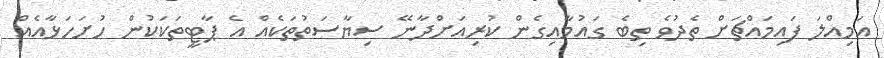
އަމިއްލަ ފައިމައްޗަށް ތެދުވެ ތިބެ ގައުމާއިގެން ކުރިއަށްދާނޭ ސިޔާސަތުތަކެއް އެ ޕާޓީތަކަކުން ހުށަހަޅާއެއް